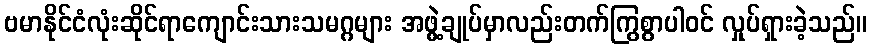
ဗမာနိုင်ငံလုံးဆိုင်ရာကျောင်းသားသမဂ္ဂများ အဖွဲ့ချုပ်မှာလည်းတက်ကြွစွာပါဝင် လှုပ်ရှားခဲ့သည်။